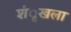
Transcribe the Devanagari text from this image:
शंृखला